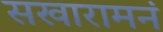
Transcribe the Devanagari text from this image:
सखारामनं